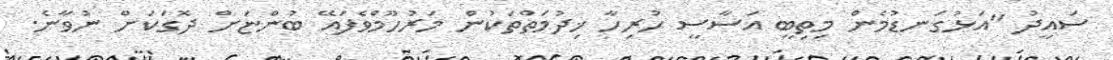
ސައީދު "އަޅުގަނޑުމެން މިތިބީ އަސާސީ ހުރިހާ ޚިދުމަތްތަކުން މަރުހޫމްވެފައޭ ބުންޏަށް ދޮގަކަށް ނުވާނެ.